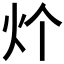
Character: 𱪧